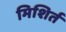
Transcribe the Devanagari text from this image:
मिशिर्त